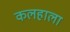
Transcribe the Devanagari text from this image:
कलहाला